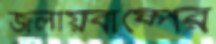
জলীয়বাষ্পের